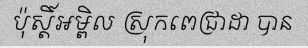
ប៉ុស្តិ៍អម្ពិល ស្រុកពេជ្រាដា បាន